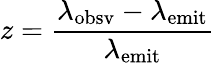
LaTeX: z={\frac{\lambda_{\mathrm{obsv}}-\lambda_{\mathrm{emit}}}{\lambda_{\mathrm{emit}}}}